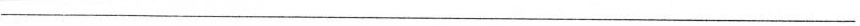
___